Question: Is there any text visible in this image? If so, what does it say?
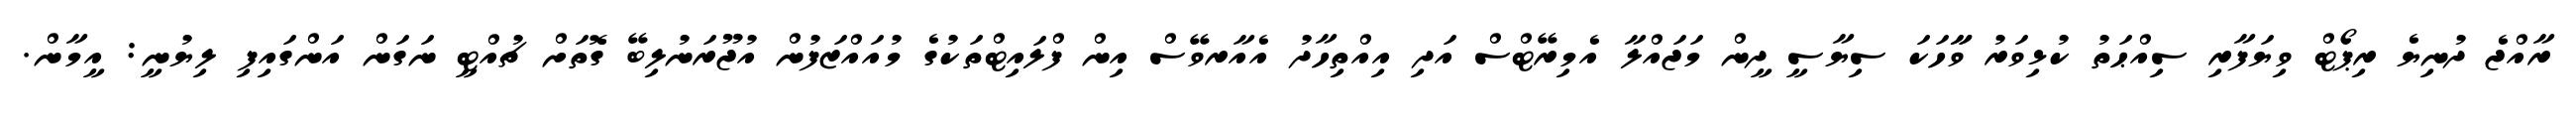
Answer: ރާއްޖެ ދުނިޔެ ރިޕޯޓް ވިޔަފާރި ސިއްޙަތު ކުޅިވަރު ވާާހަކަ ސިޔާސީ ދީން މަޖައްލާ އެމިރޭޓްސް އަދި އިއްތިހާދު އެއާރވޭސް އިން ފްލައިޓްތަކުގެ މުއައްޒަފުން އުޖޫރަނުލިބޭ ގޮތަށް ޗުއްޓީ ނަގަން އަންގައިފި ލިޔުނީ: އީމާން.